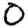
Digit: 0